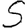
Digit: 5